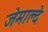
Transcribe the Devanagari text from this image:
जेमाल्दे